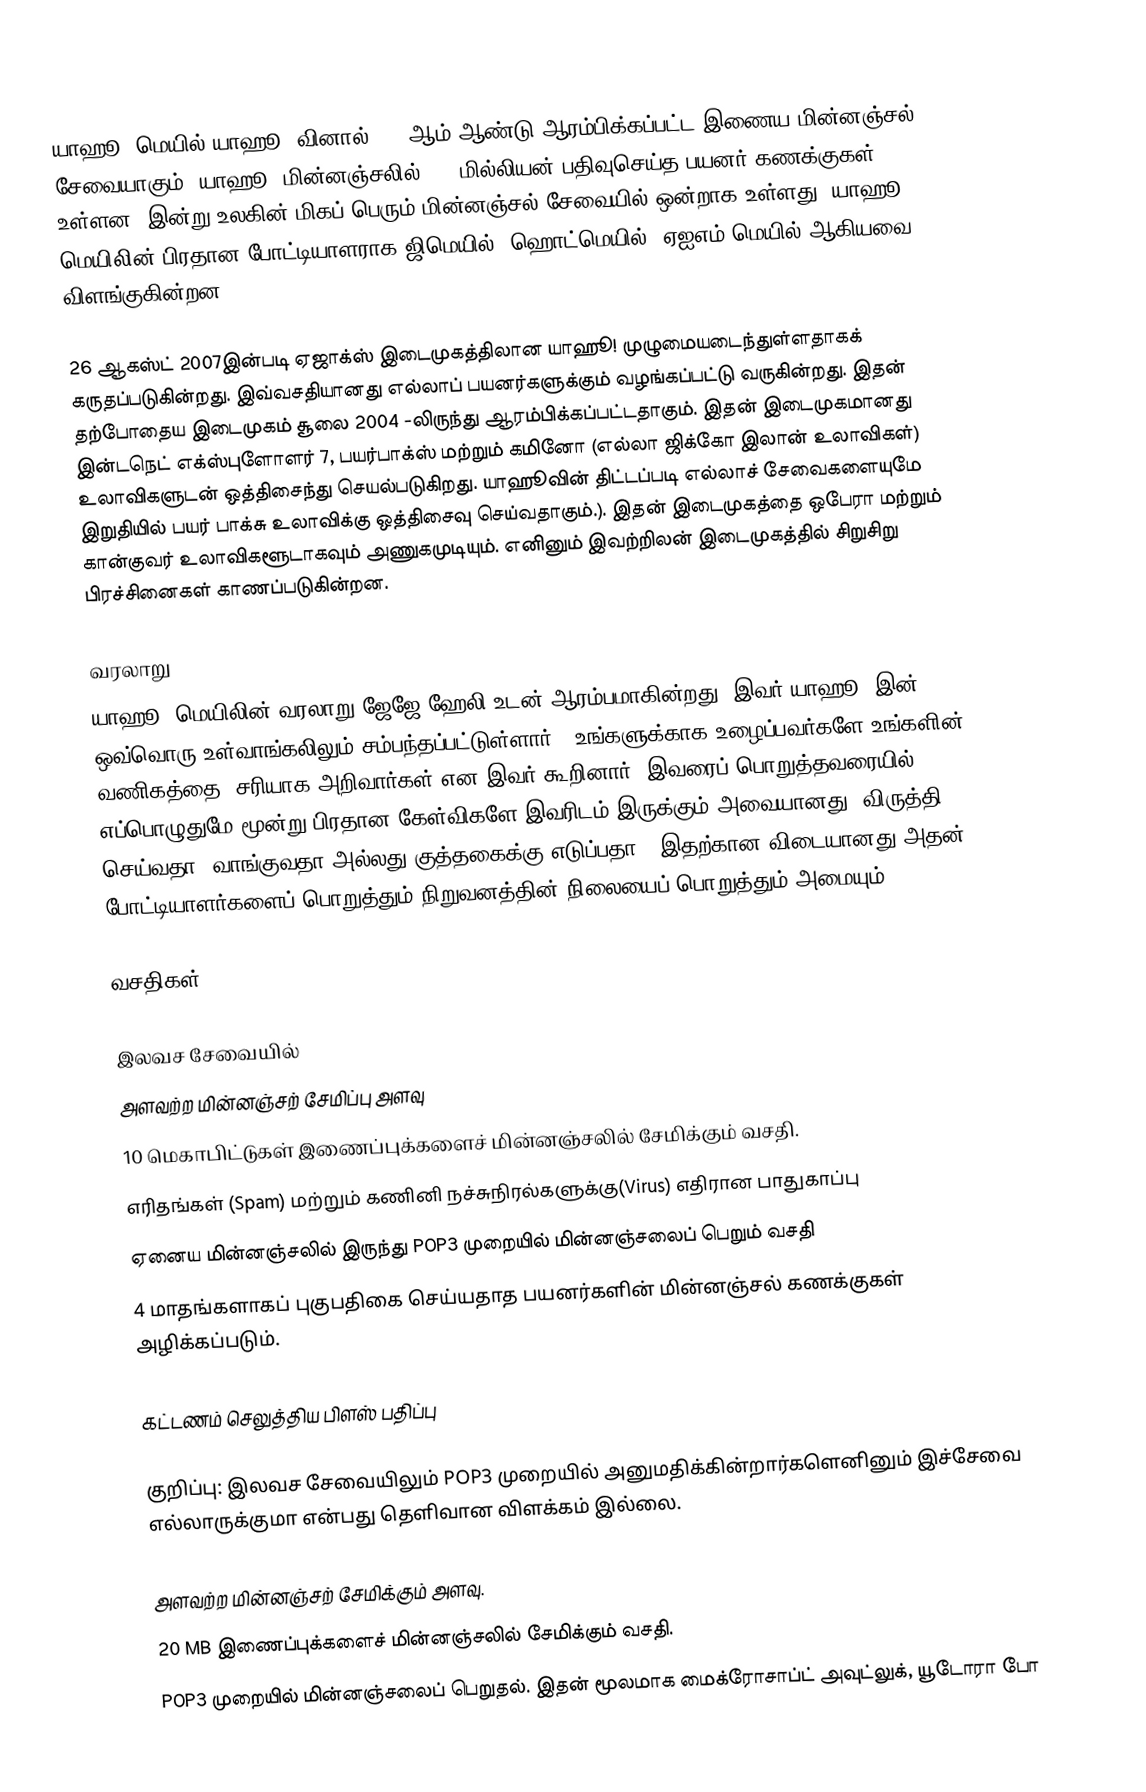
யாஹூ! மெயில் யாஹூ! வினால் 1997ஆம் ஆண்டு ஆரம்பிக்கப்பட்ட இணைய மின்னஞ்சல் சேவையாகும். யாஹூ! மின்னஞ்சலில் 260 மில்லியன் பதிவுசெய்த பயனர் கணக்குகள் உள்ளன. இன்று உலகின் மிகப் பெரும் மின்னஞ்சல் சேவையில் ஒன்றாக உள்ளது. யாஹூ! மெயிலின் பிரதான போட்டியாளராக ஜிமெயில், ஹொட்மெயில், ஏஐஎம் மெயில் ஆகியவை விளங்குகின்றன.

26 ஆகஸ்ட் 2007இன்படி ஏஜாக்ஸ் இடைமுகத்திலான யாஹூ! முழுமையடைந்துள்ளதாகக் கருதப்படுகின்றது. இவ்வசதியானது எல்லாப் பயனர்களுக்கும் வழங்கப்பட்டு வருகின்றது. இதன் தற்போதைய இடைமுகம்  சூலை 2004 -லிருந்து ஆரம்பிக்கப்பட்டதாகும். இதன் இடைமுகமானது இன்டநெட் எக்ஸ்புளோளர் 7, பயர்பாக்ஸ் மற்றும் கமினோ (எல்லா ஜிக்கோ இலான் உலாவிகள்) உலாவிகளுடன் ஒத்திசைந்து செயல்படுகிறது. யாஹூவின் திட்டப்படி எல்லாச் சேவைகளையுமே இறுதியில் பயர் பாக்சு உலாவிக்கு ஒத்திசைவு செய்வதாகும்.).  இதன் இடைமுகத்தை ஒபேரா மற்றும் கான்குவர் உலாவிகளூடாகவும் அணுகமுடியும். எனினும் இவற்றிலன் இடைமுகத்தில் சிறுசிறு பிரச்சினைகள் காணப்படுகின்றன.

வரலாறு
யாஹூ! மெயிலின் வரலாறு ஜேஜே ஹேலி உடன் ஆரம்பமாகின்றது. இவர் யாஹூ! இன் ஒவ்வொரு உள்வாங்கலிலும் சம்பந்தப்பட்டுள்ளார். "உங்களுக்காக உழைப்பவர்களே உங்களின் வணிகத்தை" சரியாக அறிவார்கள் என இவர் கூறினார். இவரைப் பொறுத்தவரையில் எப்பொழுதுமே மூன்று பிரதான கேள்விகளே இவரிடம் இருக்கும் அவையானது "விருத்தி செய்வதா, வாங்குவதா அல்லது குத்தகைக்கு எடுப்பதா?" இதற்கான விடையானது அதன் போட்டியாளர்களைப் பொறுத்தும் நிறுவனத்தின் நிலையைப் பொறுத்தும் அமையும்.

வசதிகள்

இலவச சேவையில்
 அளவற்ற மின்னஞ்சற் சேமிப்பு அளவு
 10 மெகாபிட்டுகள் இணைப்புக்களைச் மின்னஞ்சலில் சேமிக்கும் வசதி.
 எரிதங்கள் (Spam) மற்றும் கணினி நச்சுநிரல்களுக்கு(Virus) எதிரான பாதுகாப்பு
 ஏனைய மின்னஞ்சலில் இருந்து POP3 முறையில் மின்னஞ்சலைப் பெறும் வசதி
 4 மாதங்களாகப் புகுபதிகை செய்யதாத பயனர்களின் மின்னஞ்சல் கணக்குகள் அழிக்கப்படும்.

கட்டணம் செலுத்திய பிளஸ் பதிப்பு

குறிப்பு: இலவச சேவையிலும் POP3 முறையில் அனுமதிக்கின்றார்களெனினும் இச்சேவை எல்லாருக்குமா என்பது தெளிவான விளக்கம் இல்லை.

அளவற்ற மின்னஞ்சற் சேமிக்கும் அளவு.
20 MB இணைப்புக்களைச் மின்னஞ்சலில் சேமிக்கும் வசதி.
POP3 முறையில் மின்னஞ்சலைப் பெறுதல். இதன் மூலமாக மைக்ரோசாப்ட் அவுட்லுக், யூடோரா போ